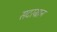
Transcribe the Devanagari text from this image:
सदरग्रान